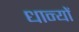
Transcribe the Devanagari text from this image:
धान्यों